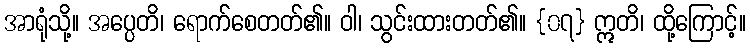
အာရုံသို့။ အပ္ပေတိ၊ ရောက်စေတတ်၏။ ဝါ၊ သွင်းထားတတ်၏။ {၀၇} ဣတိ၊ ထို့ကြောင့်။